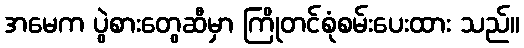
အမေက ပွဲစားတွေဆီမှာ ကြိုတင်စုံစမ်းပေးထား သည်။